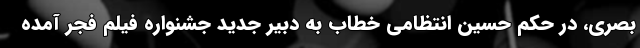
بصری، در حکم حسین انتظامی خطاب به دبیر جدید جشنواره فیلم فجر آمده